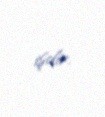
işdir.